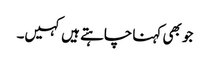
جو بھی کہنا چاہتے ہیں کہیں۔